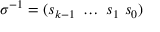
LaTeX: \sigma ^ { - 1 } = ( s _ { k - 1 } ~ \dots ~ s _ { 1 } ~ s _ { 0 } )